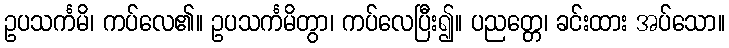
ဥပသင်္ကမိ၊ ကပ်လေ၏။ ဥပသင်္ကမိတွာ၊ ကပ်လေပြီး၍။ ပညတ္တေ၊ ခင်းထား အပ်သော။